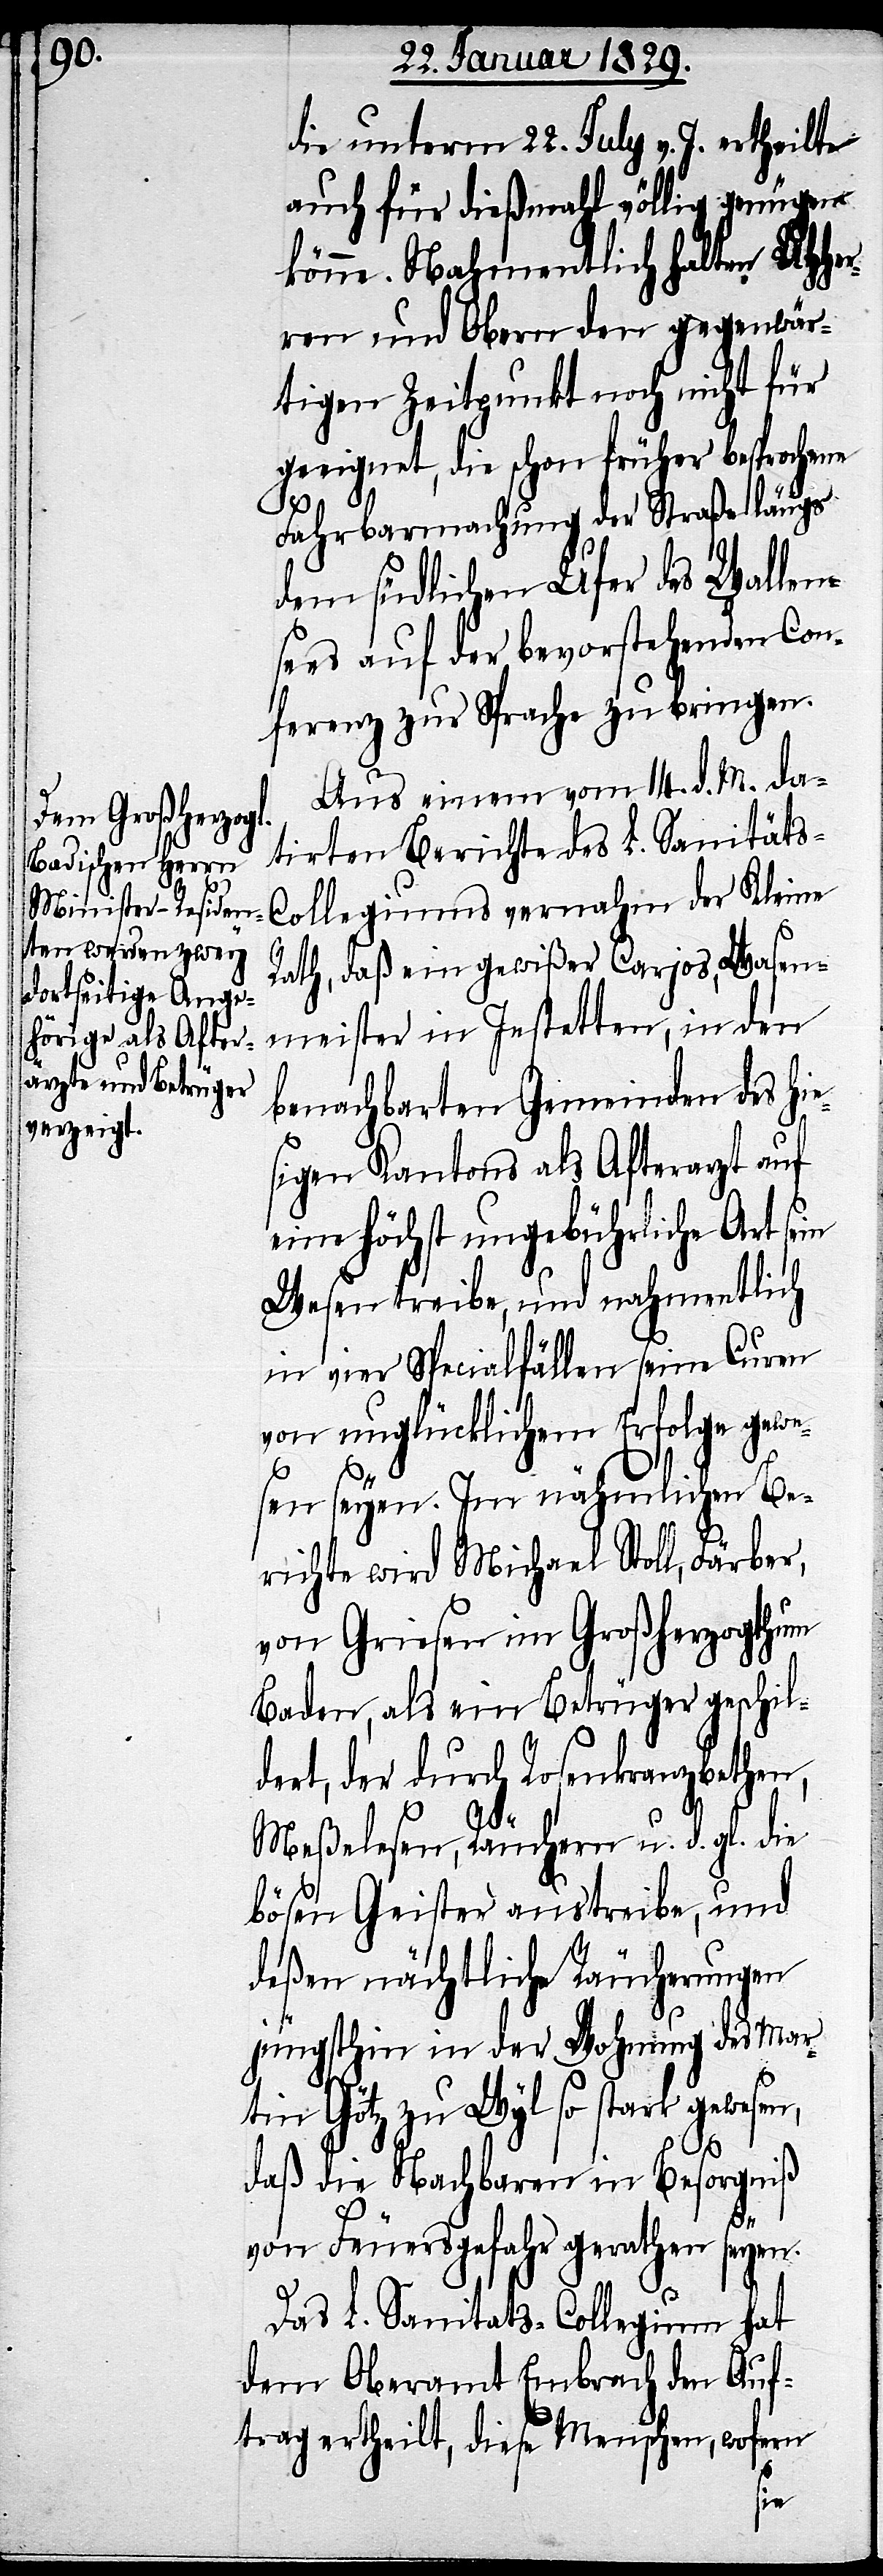
die unterm 22. July v. J. ertheilte
auch für dießmahl völlig genügen
könne. Nahmentlich halten UHHer¬
ren und Obern den gegenwär¬
tigen Zeitpunkt noch nicht für
geeignet, die schon früher besprochene
Fahrbarmachung der Straße längs
dem südlichen Ufer des Wallen¬
sees auf der bevorstehenden Con¬
ferenz zur Sprache zu bringen.
Aus einem vom 14. d. M. da¬
tirten Bericht des L. Sanitäts-C¬
ollegiums vernahm der Kleine
Rath, daß ein gewißer Carjos, Wasen¬
meister in Instetten, in den
benachbarten Gemeinden des hie¬
sigen Kantons als Afterarzt auf
eine höchst ungebührliche Art sein
Wesen treibe, und nahmentlich
in vier Specialfällen seine Curen
von unglücklichem Erfolge gewe¬
sen seyen. Im nähmlichen Be¬
richte wird Michael Stoll, Färber,
von Griesen im Großherzogthum
Baden, als ein Betrüger geschil¬
dert, der durch Rosenkranzbethen,
Meßelesen, Räuchern u. d. gl. die
bösen Geister austreibe, und
deßen nächtliche Räucherungen
jüngsthin in der Wohnung des Mar¬
tin Götz zu Wyl so stark gewesen,
daß die Nachbarn in Besorgniß
von Feuersgefahr gerathen seyen.
Das L. Sanitäts-Collegium hat
dem Oberamt Embrach den Auf¬
trag ertheilt, diese Menschen, wofern